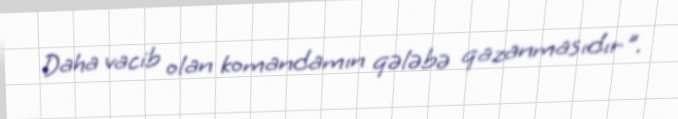
Daha vacib olan komandamın qələbə qazanmasıdır".